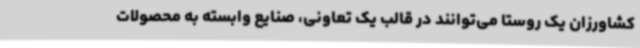
کشاورزان یک روستا می‌توانند در قالب یک تعاونی، صنایع وابسته به محصولات